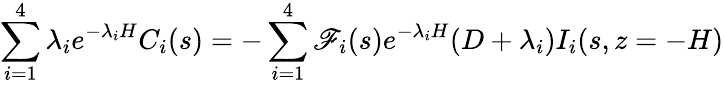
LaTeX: \sum_{i=1}^{4}\lambda_{i}e^{-\lambda_{i}H}C_{i}(s)=-\sum_{i=1}^{4}\mathscr{F}_{i}(s)e^{-\lambda_{i}H}(D+\lambda_{i})I_{i}(s,z=-H)